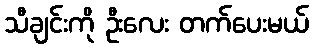
သီချင်းကို ဦးလေး တက်ပေးမယ်